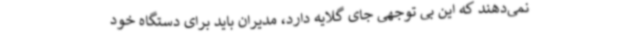
نمی‌دهند که این بی توجهی جای گلایه دارد، مدیران باید برای دستگاه خود